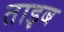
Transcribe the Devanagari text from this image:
ताइब